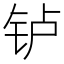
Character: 𬬻